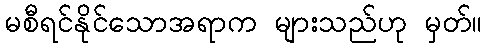
မစီရင်နိုင်သောအရာက များသည်ဟု မှတ်။